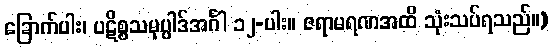
ခြောက်ပါး၊ ပဋိစ္စသမုပ္ပါဒ်အင်္ဂါ ၁၂-ပါး။ ဇရာမရဏအထိ သုံးသပ်ရသည်။)